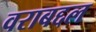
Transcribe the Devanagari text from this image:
वराबद्दल